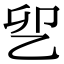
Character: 乮